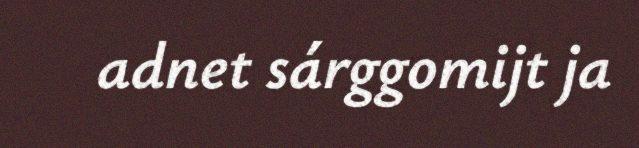
adnet sárggomijt ja